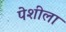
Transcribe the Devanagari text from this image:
पेशीला